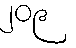
၂၀၉